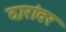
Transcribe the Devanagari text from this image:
दारांवर